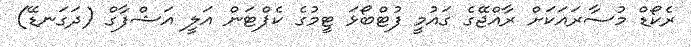
ރެކޯޑް މުސާރައަކަށް ރާއްޖޭގެ ގައުމީ ފުޓްބޯޅަ ޓީމުގެ ކެޕްޓަން އަލީ އަޝްފާގް (ދަގަނޑޭ)